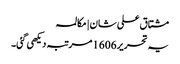
مشتاق علی شان | مکالمہ
یہ تحریر 1606 مرتبہ دیکھی گئی۔